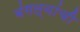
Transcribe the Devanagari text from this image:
बंगल्यांची